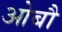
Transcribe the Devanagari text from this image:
ओबौ